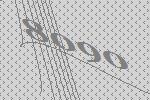
8090